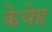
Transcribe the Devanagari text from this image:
केयेह